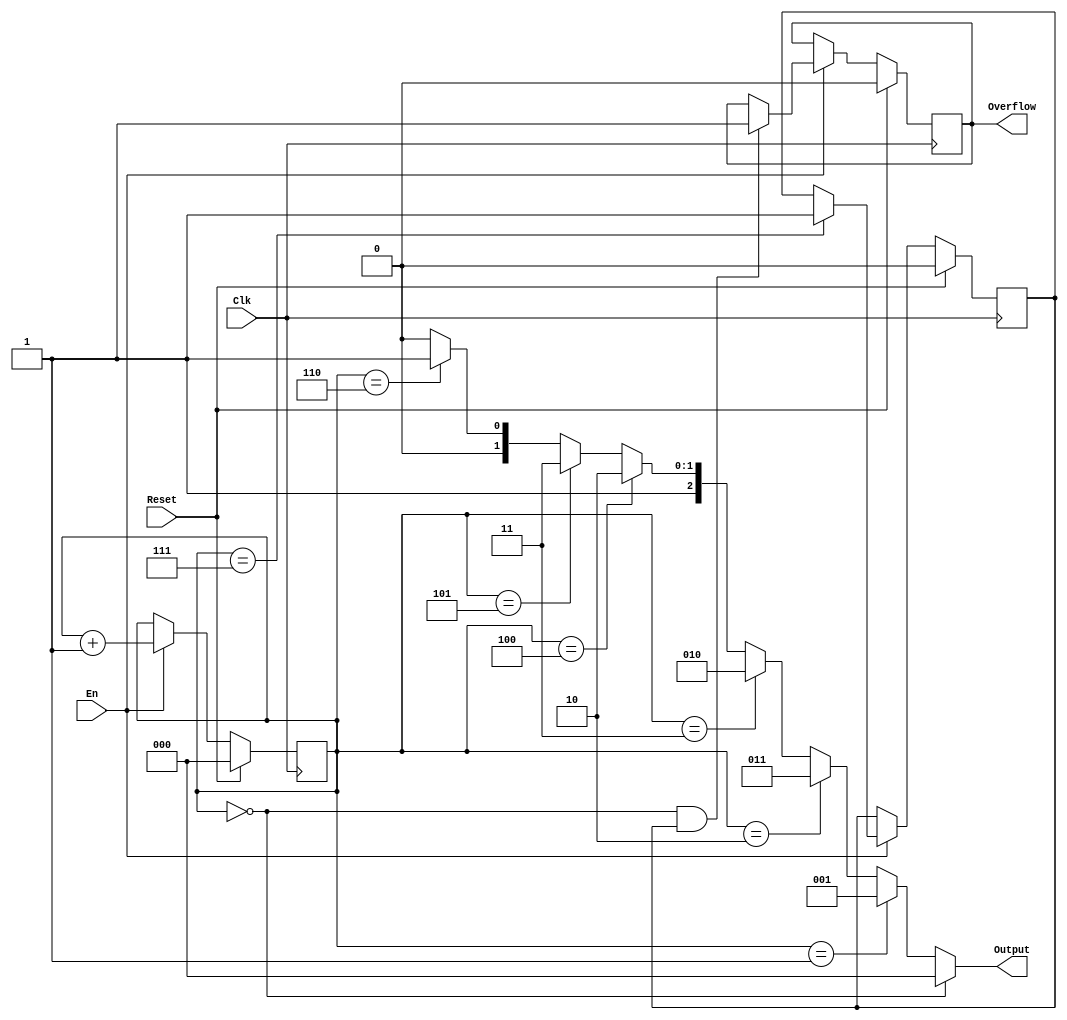
`timescale 1ns / 1ps

module gray(
    input Clk,
    input Reset,
    input En, 
    output [2:0] Output,
    output reg Overflow
);
    reg [2:0] counter;
    reg status;
    
    always @(posedge Clk) begin
        if (Reset == 1'b1) begin
            Overflow <= 1'b0;
            counter <= 3'b0;
            status <= 1'b0;
        end    
        else begin
            if (En == 1'b1) begin
                counter <= counter + 1;
                if (counter == 3'b111) status <= 1'b1;
                else status <= status;
                if (counter == 3'b000 && status == 1'b1) Overflow <= 1'b1;
                else Overflow <= Overflow;
            end
            else begin
                counter <= counter;
                status <= status;
            end
        end
    end

    assign Output = (counter == 3'b000) ? 3'b000 :
                    (counter == 3'b001) ? 3'b001 :
                    (counter == 3'b010) ? 3'b011 :
                    (counter == 3'b011) ? 3'b010 :
                    (counter == 3'b100) ? 3'b110 :
                    (counter == 3'b101) ? 3'b111 :
                    (counter == 3'b110) ? 3'b101 :
                                          3'b100 ;
endmodule //gray